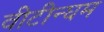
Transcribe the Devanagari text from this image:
वीटीन्घम